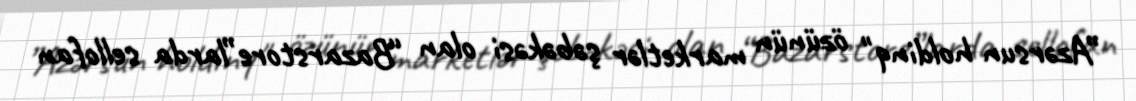
”Azərsun holdinq" özünün marketlər şəbəkəsi olan “Bazarstore”larda sellofan